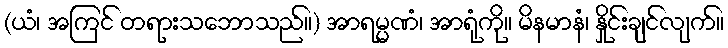
(ယံ၊ အကြင် တရားသဘောသည်။) အာရမ္မဏံ၊ အာရုံကို။ မိနမာနံ၊ နှိုင်းချင်လျက်။